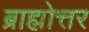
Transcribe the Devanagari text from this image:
ब्राह्मोत्तर